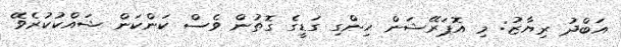
އަބްދު ރިޔާޒު: މި އޮޕަރޭޝަން ހިންގި ގަޑީގެ ގޮތުން ވެސް ކަންކަން ޝައްކުކުރެވޭ